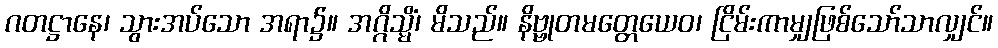
ဂတဋ္ဌာနေ၊ သွားအပ်သော အရာ၌။ အဂ္ဂိသ္မိံ၊ မိသည်။ နိဗ္ဗုတမတ္တေယေဝ၊ ငြိမ်းကာမျှဖြစ်သော်သာလျှင်။